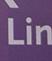
lin